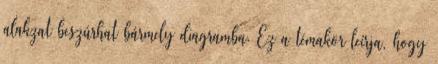
alakzat beszúrhat bármely diagramba. Ez a témakör leírja, hogy